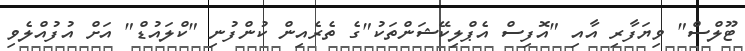
ޓޫލްސް" ވިޔަފާރި އާއި "އޮފިސް އެޕްލިކޭޝަންތަކު"ގެ ތެރެއިން ކުންފުނި "ކްލައުޑް" އަށް އުފުއްލެވި